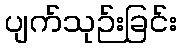
ပျက်သုဉ်းခြင်း